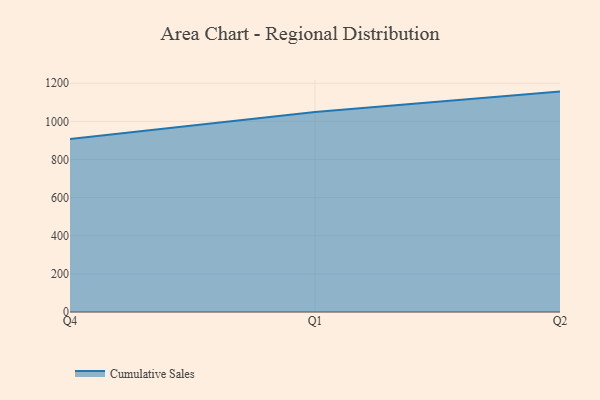
{"axis": {"x": "Quarter", "y": "Latency (ms)"}, "legend": ["Cumulative Sales"], "data": [{"x": "Q4", "y": 907.4, "type": "Cumulative Sales"}, {"x": "Q1", "y": 1049.6, "type": "Cumulative Sales"}, {"x": "Q2", "y": 1156.4, "type": "Cumulative Sales"}]}